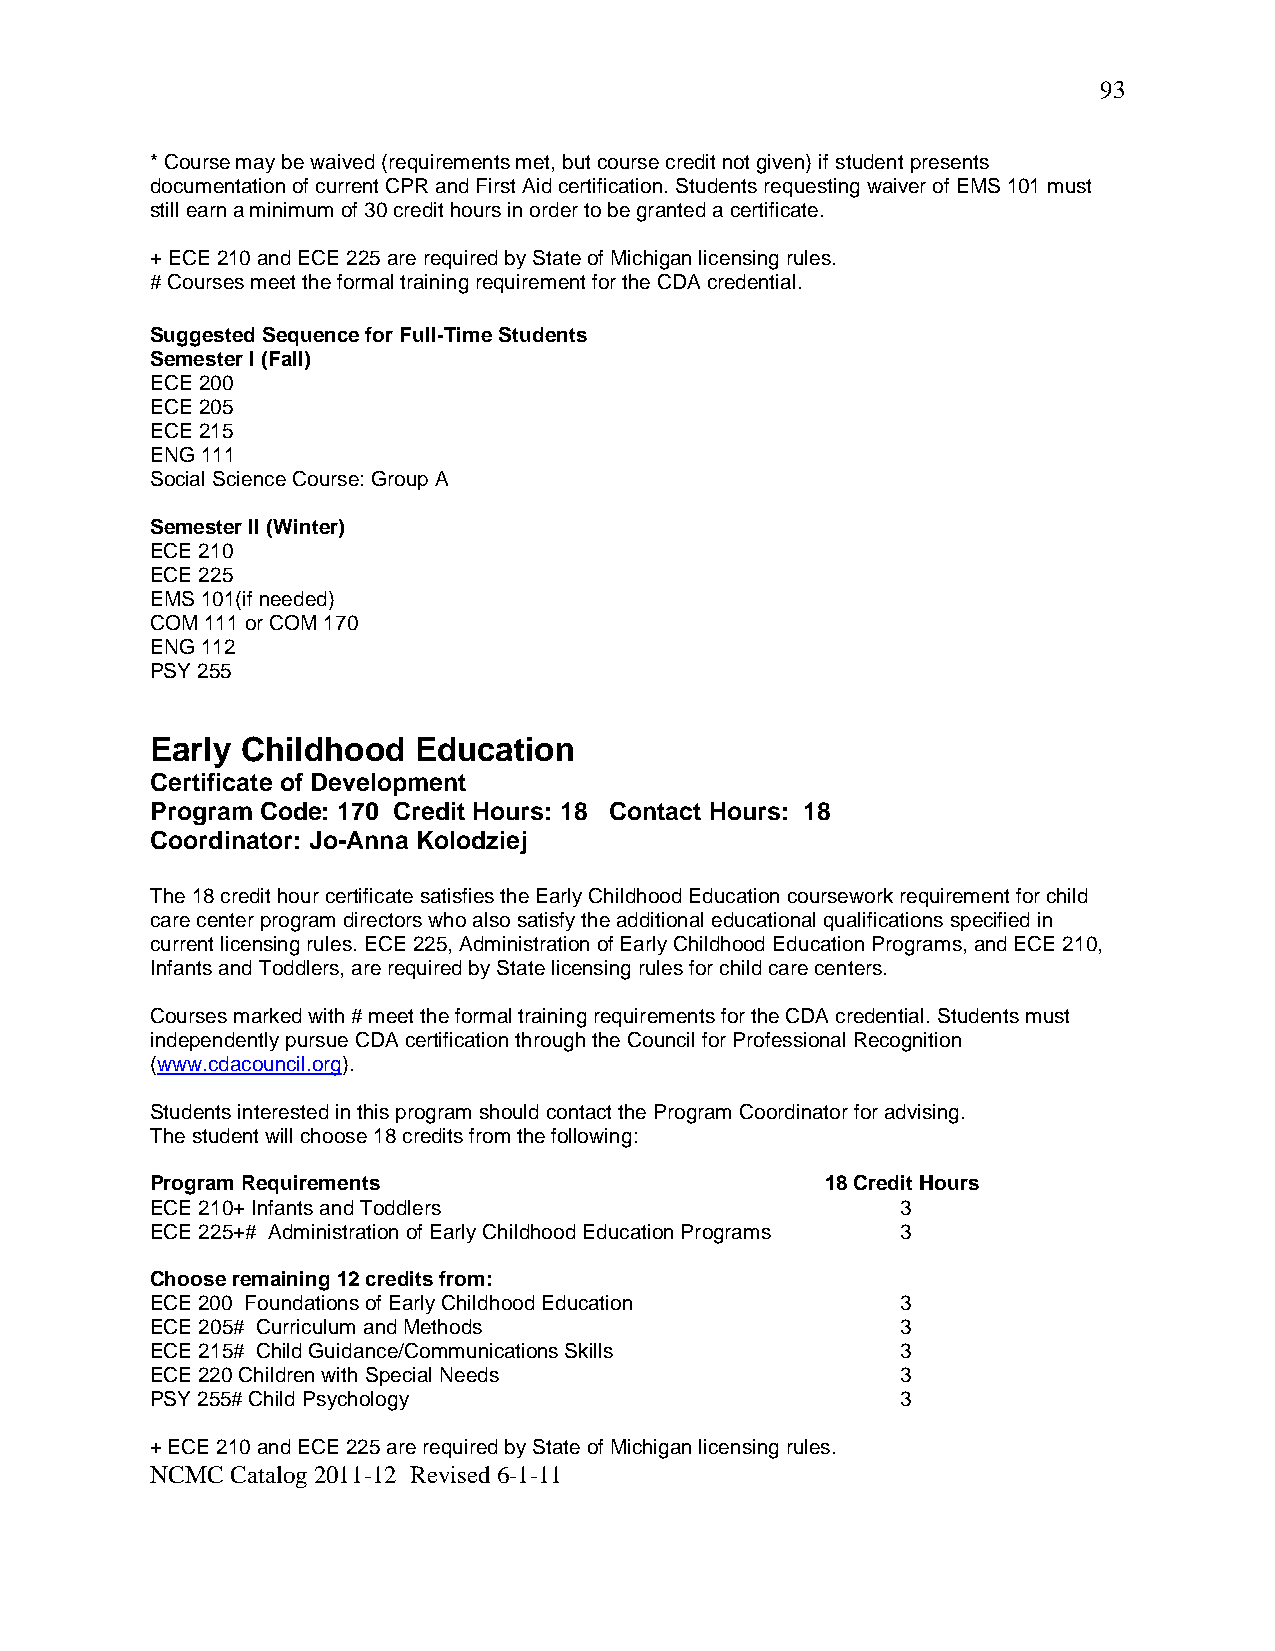
93
 * Course may be waived (requirements met, but course credit not given) if student presents
 documentation of current CPR and First Aid certification. Students requesting waiver of EMS 101 must
 still earn a minimum of 30 credit hours in order to be granted a certificate.
 + ECE 210 and ECE 225 are required by State of Michigan licensing rules.
 # Courses meet the formal training requirement for the CDA credential.
 Suggested Sequence for Full-Time Students
 Semester I (Fall)
 ECE 200
 ECE 205
 ECE 215
 ENG 111
 Social Science Course: Group A
 Semester II (Winter)
 ECE 210
 ECE 225
 EMS 101(if needed)
 COM 111 or COM 170
 ENG 112
 PSY 255
 Early Childhood  Education
 Certificate of Development
 Program Code: 170 Credit Hours: 18 Contact Hours: 18
 Coordinator: Jo-Anna Kolodziej
 The 18 credit hour certificate satisfies the Early Childhood Education coursework requirement for child
 care center program directors who also satisfy the additional educational qualifications specified in
 current licensing rules. ECE 225, Administration of Early Childhood Education Programs, and ECE 210,
 Infants and Toddlers, are required by State licensing rules for child care centers.
 Courses marked with # meet the formal training requirements for the CDA credential. Students must
 independently pursue CDA certification through the Council for Professional Recognition
 (www.cdacouncil.org).
 Students interested in this program should contact the Program Coordinator for advising.
 The student will choose 18 credits from the following:
 Program Requirements                         18 Credit Hours
 ECE 210+ Infants and Toddlers                     3
 ECE 225+# Administration of Early Childhood Education Programs 3
 Choose remaining 12 credits from:
 ECE 200 Foundations of Early Childhood Education  3
 ECE 205# Curriculum and Methods                   3
 ECE 215# Child Guidance/Communications Skills     3
 ECE 220 Children with Special Needs               3
 PSY 255# Child Psychology                         3
 + ECE 210 and ECE 225 are required by State of Michigan licensing rules.
 NCMC Catalog 2011-12 Revised 6-1-11